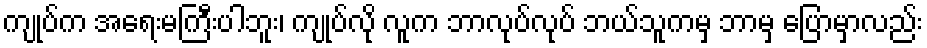
ကျုပ်က အရေးမကြီးပါဘူး၊ ကျုပ်လို လူက ဘာလုပ်လုပ် ဘယ်သူကမှ ဘာမှ ပြောမှာလည်း